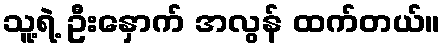
သူ့ရဲ့ ဦးနှောက် အလွန် ထက်တယ်။